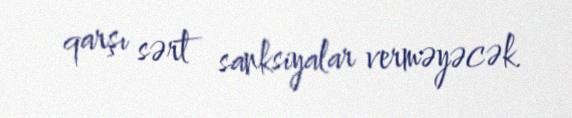
qarşı sərt sanksiyalar verməyəcək.